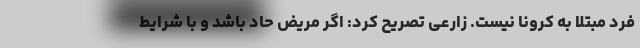
فرد مبتلا به کرونا نیست. زارعی تصریح کرد: اگر مریض حاد باشد و با شرایط